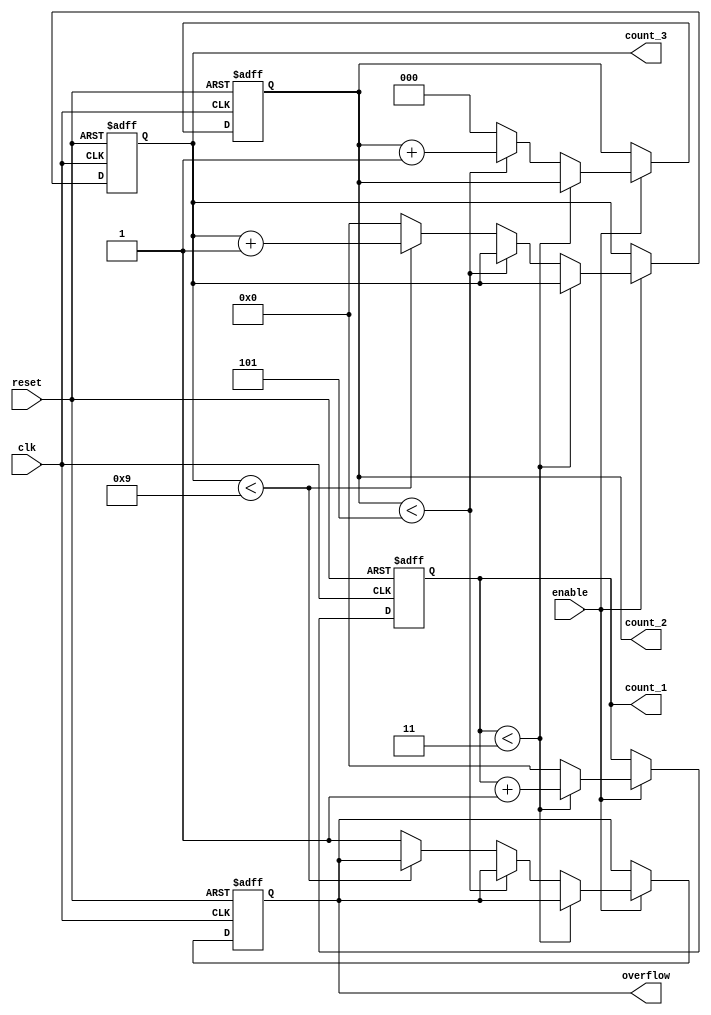
module mixed_radix_counter (
    input wire clk,              // Clock signal
    input wire reset,            // Asynchronous reset
    input wire enable,           // Enable signal
    output reg [3:0] count_1,    // Stage 1 count (0 to 3)
    output reg [2:0] count_2,    // Stage 2 count (0 to 5)
    output reg [3:0] count_3,    // Stage 3 count (0 to 9)
    output reg overflow           // Overflow signal
);

    // Radix values for each stage
    localparam R1 = 4;  // Stage 1 radix
    localparam R2 = 6;  // Stage 2 radix
    localparam R3 = 10; // Stage 3 radix

    // Sequential logic for counting
    always @(posedge clk or posedge reset) begin
        if (reset) begin
            count_1 <= 0;
            count_2 <= 0;
            count_3 <= 0;
            overflow <= 0;
        end else if (enable) begin
            // Stage 1 counting
            if (count_1 < R1 - 1) begin
                count_1 <= count_1 + 1;
            end else begin
                count_1 <= 0; // Reset stage 1
                // Stage 2 counting
                if (count_2 < R2 - 1) begin
                    count_2 <= count_2 + 1;
                end else begin
                    count_2 <= 0; // Reset stage 2
                    // Stage 3 counting
                    if (count_3 < R3 - 1) begin
                        count_3 <= count_3 + 1;
                    end else begin
                        count_3 <= 0; // Reset stage 3
                        overflow <= 1; // Set overflow signal
                    end
                end
            end
        end
    end

endmodule